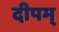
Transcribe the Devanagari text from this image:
दीपम्‌